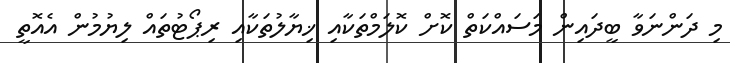
މި ދަންނަވާ ބީދައިން މަސައްކަތް ކޮށް ކޮލަމްތަކާއި ޚިޔާލުތަކާއި ރިޕޯޓުތައް ލިޔުމުން އެއޮތީ